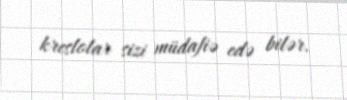
kreslolar sizi müdafiə edə bilər.